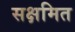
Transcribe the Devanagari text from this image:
सक्षमित